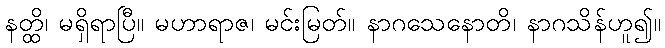
နတ္ထိ၊ မရှိရာပြီ။ မဟာရာဇ၊ မင်းမြတ်။ နာဂသေနောတိ၊ နာဂသိန်ဟူ၍။